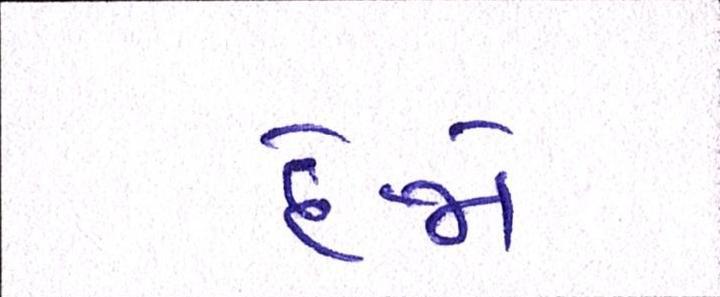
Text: દેજો